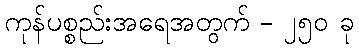
ကုန်ပစ္စည်းအရေအတွက် - ၂၅၀ ခု